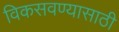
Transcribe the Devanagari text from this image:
विकसवण्यासाठी